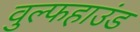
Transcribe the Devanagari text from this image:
वुल्फहाउंड